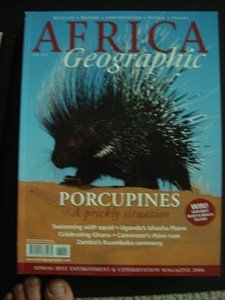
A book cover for AFRICA Geographic - April 2007 - Porcupines - Squid - Uganda - Ishasha Plains - Ghana - Cameroon - Rhino - Zambia - Kuomboka - Wildlife - Nature - Conservation - People - Travel; Travel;